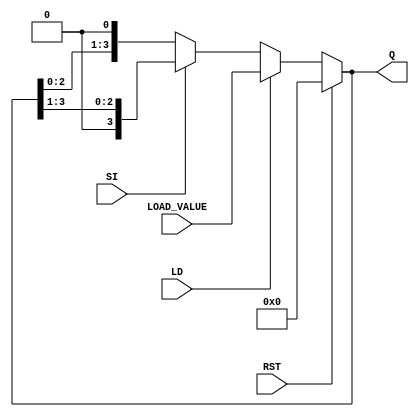
module async_shift_counter (
    input wire SI,      // Shift Input
    input wire LD,      // Load Input
    input wire RST,     // Reset Input
    input wire [3:0] LOAD_VALUE, // Value to load on LD
    output reg [3:0] Q   // Output counter value
);

    // Asynchronous reset
    always @* begin
        if (RST) begin
            Q <= 4'b0000; // Reset counter to 0
        end else if (LD) begin
            Q <= LOAD_VALUE; // Load specified value into counter
        end else begin
            // Shift operation
            if (SI) begin
                // Shift right: drop LSB and insert 0 at MSB
                Q <= {1'b0, Q[3:1]};
            end else begin
                // Shift left: drop MSB and insert 0 at LSB
                Q <= {Q[2:0], 1'b0};
            end
        end
    end

endmodule